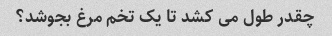
چقدر طول می کشد تا یک تخم مرغ بجوشد؟